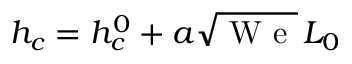
h _ { c } = h _ { c } ^ { 0 } + a \sqrt { \mathrm { ~ W ~ e ~ } } \, L _ { 0 }